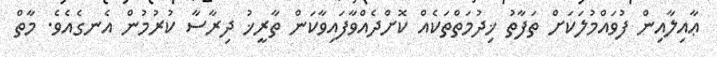
ޢާއިލާއިން ފުވައްމުލަކަށް ތަފާތު ޚިދުމަތްތަކެއް ކޮށްދެއްވާފައިވާކަން ތާރީޚު ދިރާސާ ކުރުމުން އެނގެއެވެ. މާތް